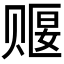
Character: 𬥺